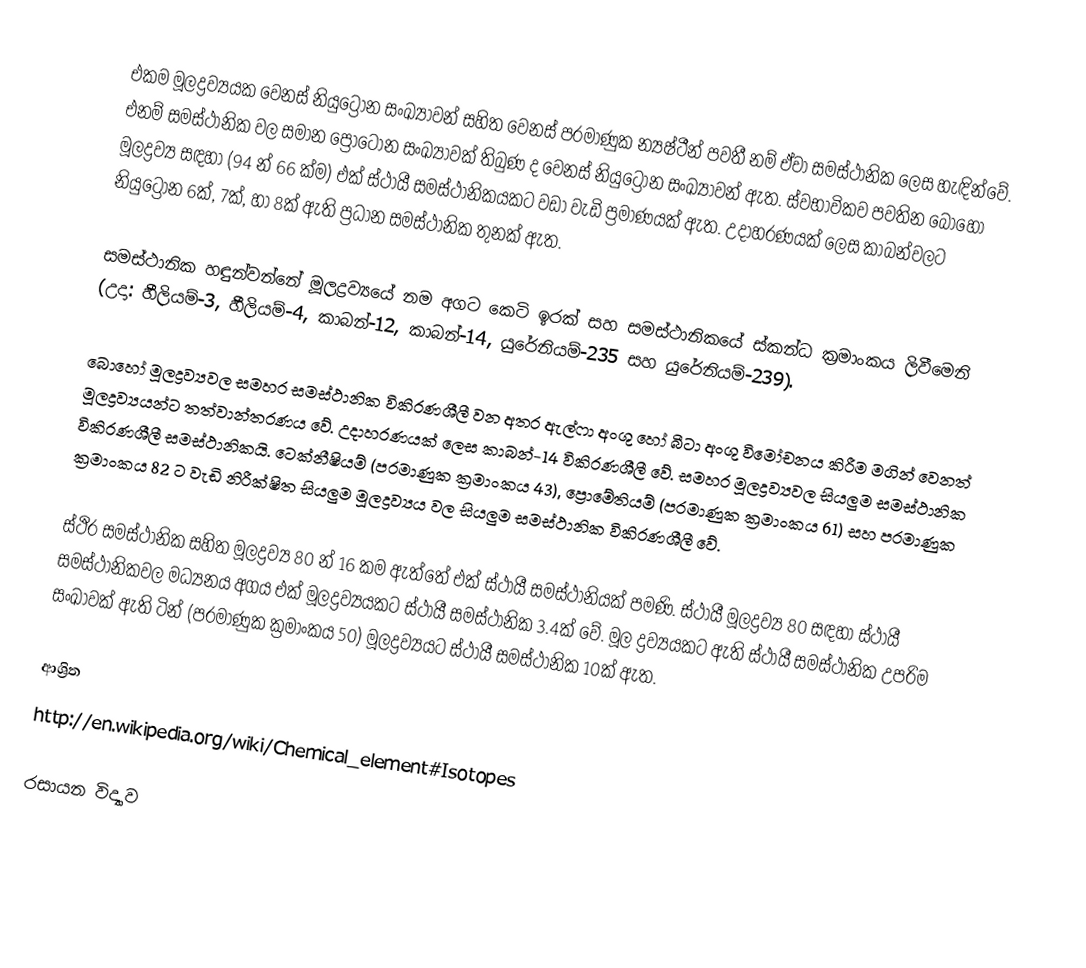
එකම මූලද්‍රව්‍යයක වෙනස් නියුට්‍රෝන සංඛ්‍යාවන් සහිත වෙනස් පරමාණුක න්‍යෂ්ටීන් පවතී නම් ඒවා සමස්ථානික ලෙස හැඳින්වේ. එනම් සමස්ථානික වල සමාන ප්‍රෝටෝන සංඛ්‍යාවක් තිබුණ ද වෙනස් නියුට්‍රෝන සංඛ්‍යාවන් ඇත. ස්වභාවිකව පවතින බොහෝ මූලද්‍රව්‍ය සඳහා (94 න් 66 ක්ම) එක් ස්ථායී සමස්ථානිකයකට වඩා වැඩි ප්‍රමාණයක් ඇත. උදාහරණයක් ලෙස කාබන්වලට නියුට්‍රෝන 6ක්, 7ක්, හා 8ක් ඇති ප්‍රධාන සමස්ථානික තුනක් ඇත.

සමස්ථානික හඳුන්වන්නේ මූලද්‍රව්‍යයේ නම අගට කෙටි ඉරක් සහ සමස්ථානිකයේ ස්කන්ධ ක්‍රමාංකය ලිවීමෙනි (උදා: හීලියම්-3, හීලියම්-4, කාබන්-12, කාබන්-14, යුරේනියම්-235 සහ යුරේනියම්-239).

බොහෝ මූලද්‍රව්‍යවල සමහර සමස්ථානික විකිරණශීලී වන අතර ඇල්ෆා අංශු හෝ බීටා අංශු විමෝචනය කිරීම මගින් වෙනත් මූලද්‍රව්‍යයන්ට තත්වාන්තරණය වේ. උදාහරණයක් ලෙස කාබන්-14 විකිරණශීලී වේ. සමහර මූලද්‍රව්‍යවල සියලුම සමස්ථානික විකිරණශීලී සමස්ථානිකයි. ටෙක්නීෂියම් (පරමාණුක ක්‍රමාංකය 43), ප්‍රොමේතියම් (පරමාණුක ක්‍රමාංකය 61) සහ පරමාණුක ක්‍රමාංකය 82 ට වැඩි නිරීක්ෂිත සියලුම මූලද්‍රව්‍යය වල සියලුම සමස්ථානික විකිරණශීලී වේ.

ස්ථිර සමස්ථානික සහිත මූලද්‍රව්‍ය 80 න් 16 කම ඇත්තේ එක් ස්ථායී සමස්ථානියක් පමණි. ස්ථායී මූලද්‍රව්‍ය 80 සඳහා ස්ථායී සමස්ථානිකවල මධ්‍යනය අගය එක් මූලද්‍රව්‍යයකට ස්ථායී සමස්ථානික 3.4ක් වේ. මූල ද්‍රව්‍යයකට ඇති ස්ථායී සමස්ථානික උපරිම සංඛාවක් ඇති ටින් (පරමාණුක ක්‍රමාංකය 50) මූලද්‍රව්‍යයට ස්ථායී සමස්ථානික 10ක් ඇත.

ආශ්‍රිත
http://en.wikipedia.org/wiki/Chemical_element#Isotopes

රසායන විද්‍යාව